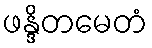
ဖန္ဒိတမေတံ